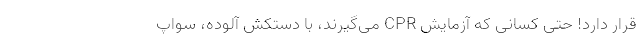
قرار دارد! حتی کسانی که آزمایش CPR می‌گیرند، با دستکش آلوده، سواپ